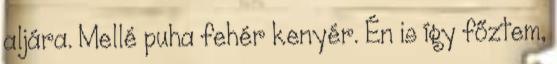
aljára. Mellé puha fehér kenyér. Én is így főztem,